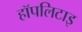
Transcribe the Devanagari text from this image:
हॉपलिटाइ